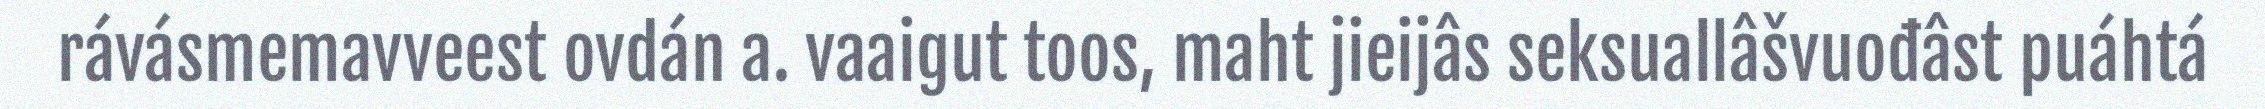
rávásmemavveest ovdán a. vaaigut toos, maht jieijâs seksuallâšvuođâst puáhtá